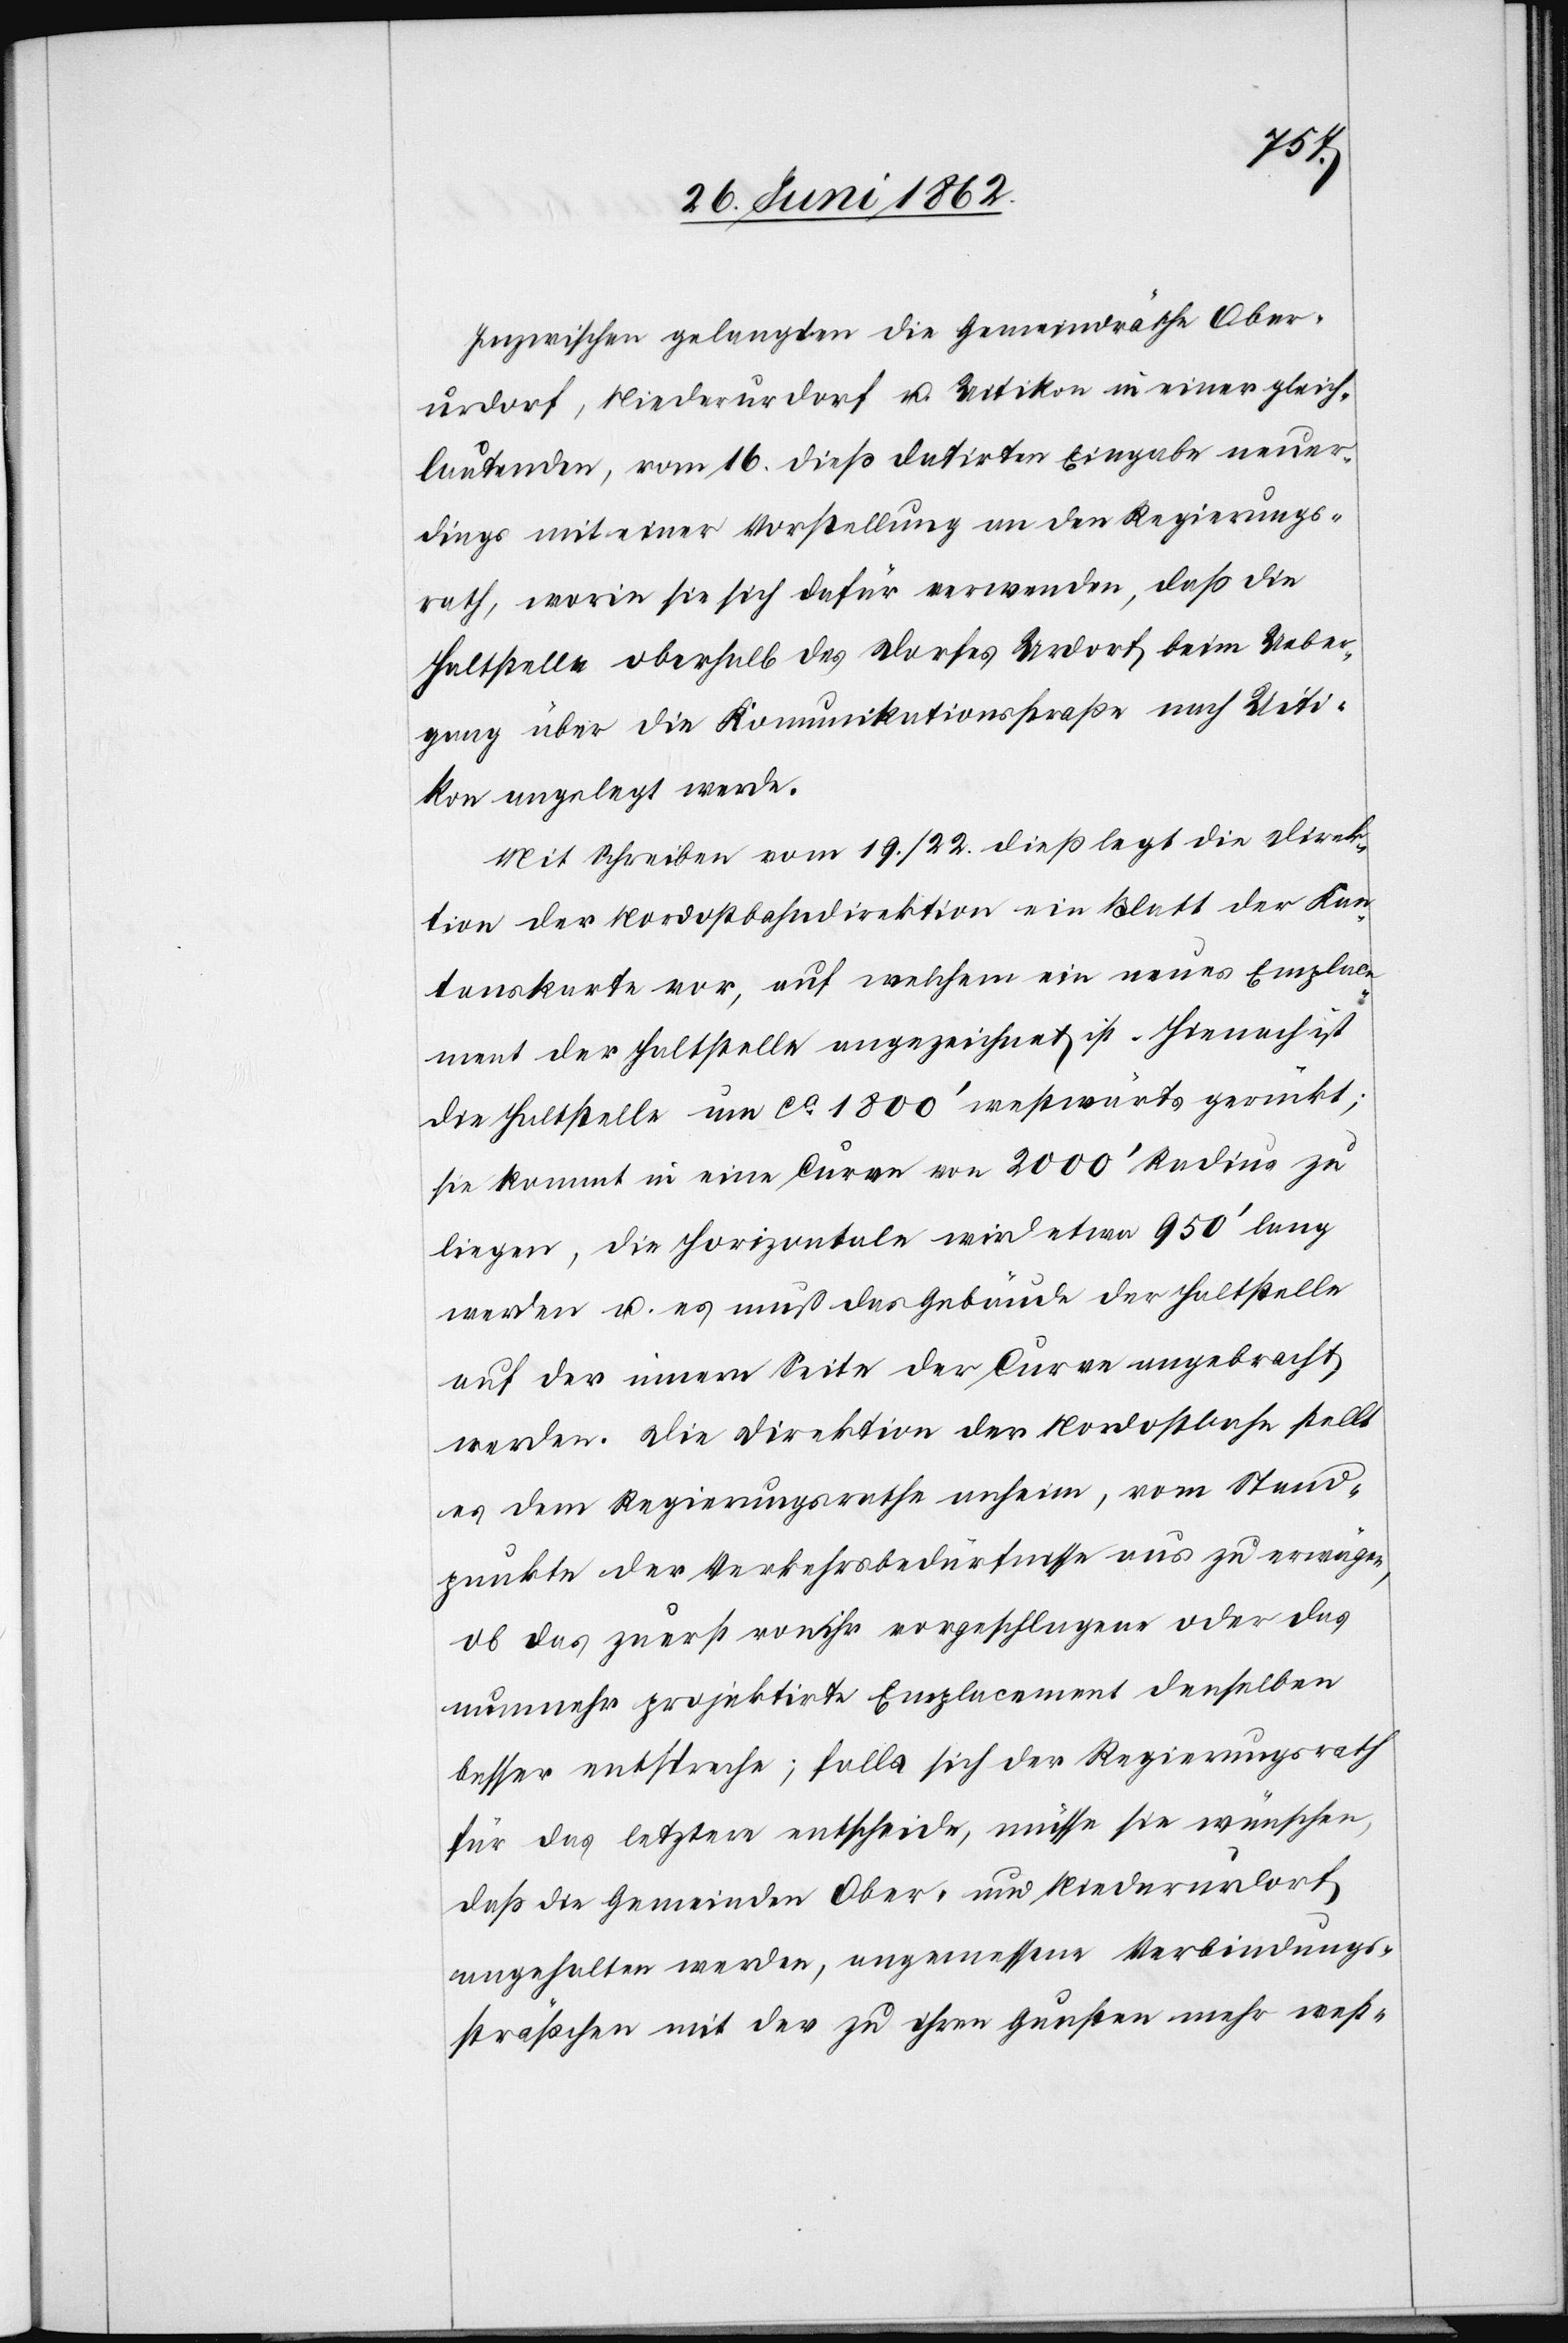
Inzwischen gelangten die Gemeindräthe Ober¬
urdorf, Niederurdorf u. Uitikon in einer gleich¬
lautenden, vom 16. dieß datirten Eingabe neuer¬
dings mit einer Vorstellung an den Regierungs¬
rath, worin sie sich dafür verwenden, daß die
Haltstelle oberhalb des Dorfes Urdorf beim Ueber¬
gang über die Kommunikationsstraße nach Uiti¬
kon angelegt werde.
Mit Schreiben vom 19./22. dieß legt die Direk¬
tion der Nordostbahndirektion ein Blatt der Kan¬
tonskarte vor, auf welchem ein neues Emplace¬
ment der Haltestelle angezeichnet ist. Hienach ist
die Haltstelle um ca. 1800’ westwärts gerückt;
sie kommt in eine Curve von 2000’ Radius zu
liegen, die Horizontale wird etwa 950’ lang
werden u. es muß das Gebäude der Haltstelle
auf der innern Seiten der Curve angebracht
werden. Die Direktion der Nordostbahn stellt
es dem Regierungsrathe anheim, vom Stand¬
punkte der Verkehrsbedürfnisse aus zu erwägen,
ob das zuerst von ihr vorgeschlagene oder das
nunmehr projektirte Emplacement denselben
besser entspreche; falls sich der Regierungsrath
für das letztere entscheide, müsse sie wünschen,
daß die Gemeinden Ober- und Niederurdorf
angehalten werden, angemessene Verbindungss¬
träßchen mit der zu ihren Gunsten mehr west-